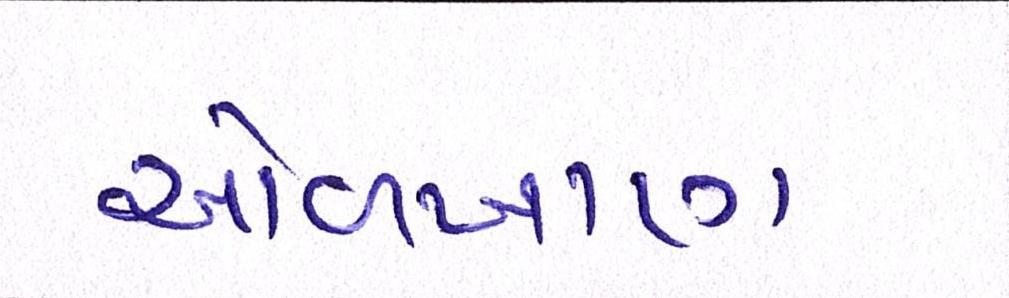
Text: ઓળખાણ